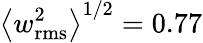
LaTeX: \left\langle w_{\mathrm{rms}}^{2}\right\rangle^{1/2}=0.77